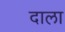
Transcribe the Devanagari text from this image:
दाला